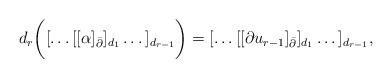
LaTeX: \begin{align*}d_r\bigg([\dots[[\alpha]_{\bar\partial}]_{d_1}\dots]_{d_{r-1}}\bigg) = [\dots[[\partial u_{r-1}]_{\bar\partial}]_{d_1}\dots]_{d_{r-1}}, \end{align*}